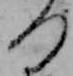
つ